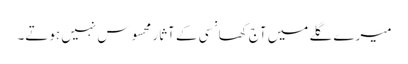
میرے گلے میں آج کھانسی کے آثار محسوس نہیں ہوتے۔